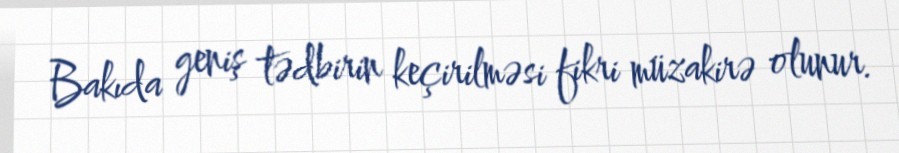
Bakıda geniş tədbirin keçirilməsi fikri müzakirə olunur.